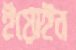
ইয়োইন